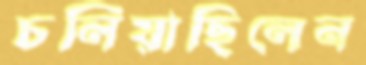
চলিয়াছিলেন